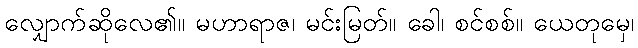
လျှောက်ဆိုလေ၏။ မဟာရာဇ၊ မင်းမြတ်။ ခေါ၊ စင်စစ်။ ယေတုမှေ၊